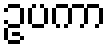
ဥပကာ